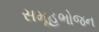
સમૂહભોજન